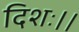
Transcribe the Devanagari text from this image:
दिशः।।